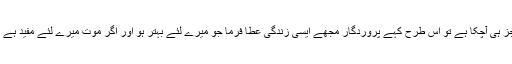
اگر وہ اپنی زندگی سے عاجز ہی آچکا ہے تو اس طرح کہے پروردگار مجھے ایسی زندگی عطا فرما جو میرے لئے بہتر ہو اور اگر موت میرے لئے مفید ہے تو مجھے اس دنیا سے اٹھا۔